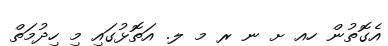
އެގޮތުން ހއ ށ ނ ރ މ ލ. އަތޮޅުގައި މި ހިދުމަތް